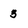
Character: 3